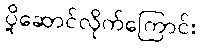
ပို့ဆောင်လိုက်ကြောင်း